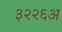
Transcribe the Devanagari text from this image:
३२२६अ